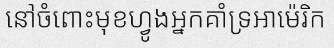
នៅចំពោះមុខហ្វូងអ្នកគាំទ្រអាម៉េរិក